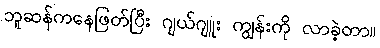
ဘူဆန်ကနေဖြတ်ပြီး ဂျယ်ဂျူး ကျွန်းကို လာခဲ့တာ။